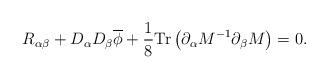
LaTeX: \begin{align*}R_{\alpha \beta} +D_\alpha D_\beta \overline{\phi}+ \frac{1}{8}\mathrm{Tr}\left(\partial_\alpha M^{-1}\partial_\beta M\right)=0. \end{align*}